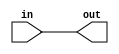
// Solution
module top_module (
    input in,
    output out);
	
	assign out  = in;

endmodule